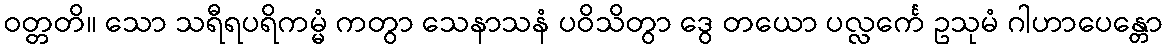
ဝတ္တတိ။ သော သရီရပရိကမ္မံ ကတွာ သေနာသနံ ပဝိသိတွာ ဒွေ တယော ပလ္လင်္ကေ ဥသုမံ ဂါဟာပေန္တော